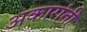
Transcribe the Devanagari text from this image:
अकारांती